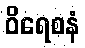
ဝိရေစနံ